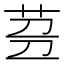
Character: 𱽧